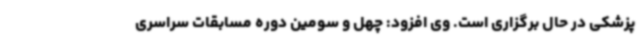
پزشکی در حال برگزاری است. وی افزود: چهل و سومین دوره مسابقات سراسری